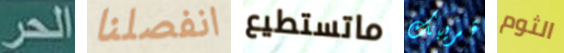
الحر انفصلنا ماتستطيع قريبك الثوم